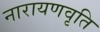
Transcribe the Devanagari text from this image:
नारायणवृति